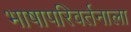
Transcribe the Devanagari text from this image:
भाषापरिवर्तनाला